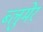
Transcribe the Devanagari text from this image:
ब्लुमेर